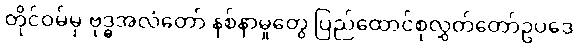
တိုင်ဝမ်မှ ဗုဒ္ဓအလံတော် နစ်နာမှုတွေ ပြည်ထောင်စုလွှတ်တော်ဥပဒေ